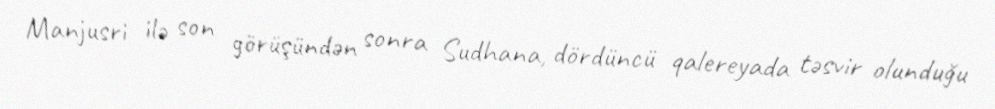
Manjusri ilə son görüşündən sonra Sudhana, dördüncü qalereyada təsvir olunduğu